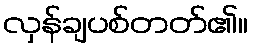
လှန်ချပစ်တတ်၏။